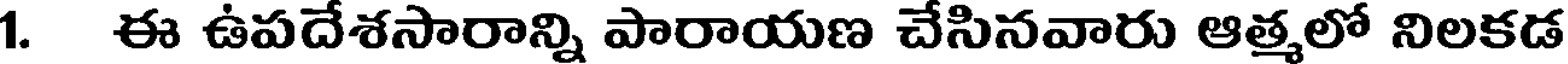
1. ఈ ఉపదేశసారాన్ని పారాయణ చేసినవారు ఆత్మలో నిలకడ